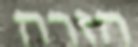
הזרה